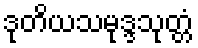
ဒုတိယသမုဒ္ဒသုတ္တံ